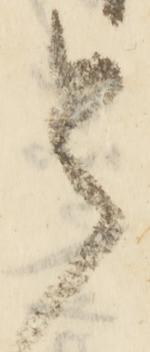
令